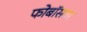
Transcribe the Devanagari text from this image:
फोबॉसवर